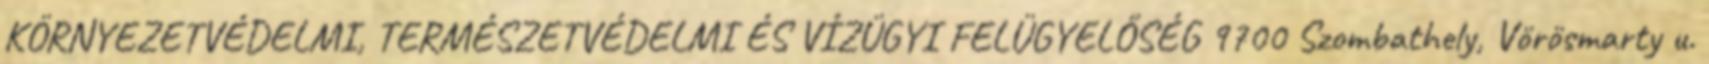
KÖRNYEZETVÉDELMI, TERMÉSZETVÉDELMI ÉS VÍZÜGYI FELÜGYELŐSÉG 9700 Szombathely, Vörösmarty u.